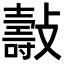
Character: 𣀓